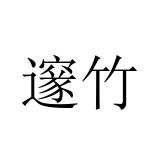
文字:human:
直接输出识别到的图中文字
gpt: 邃竹